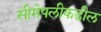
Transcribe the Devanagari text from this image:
सीमेपलीकडील